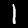
Label: 1